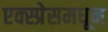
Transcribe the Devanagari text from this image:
एक्स्प्रेसमधून